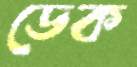
ডেক